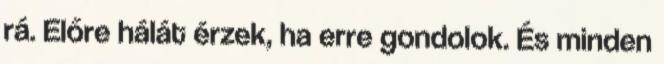
rá. Előre hálát érzek, ha erre gondolok. És minden